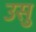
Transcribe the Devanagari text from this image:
उसु